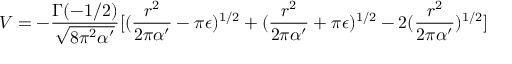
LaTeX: V = - \frac { \Gamma ( - 1 / 2 ) } { \sqrt { 8 \pi ^ { 2 } \alpha ^ { \prime } } } [ ( \frac { r ^ { 2 } } { 2 \pi \alpha ^ { \prime } } - \pi \epsilon ) ^ { 1 / 2 } + ( \frac { r ^ { 2 } } { 2 \pi \alpha ^ { \prime } } + \pi \epsilon ) ^ { 1 / 2 } - 2 ( \frac { r ^ { 2 } } { 2 \pi \alpha ^ { \prime } } ) ^ { 1 / 2 } ]